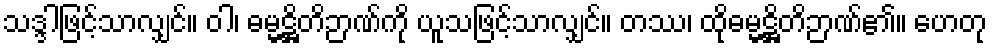
သဒ္ဒါဖြင့်သာလျှင်။ ဝါ၊ ဓမ္မဋ္ဌိတိဉာဏ်ကို ယူသဖြင့်သာလျှင်။ တဿ၊ ထိုဓမ္မဋ္ဌိတိဉာဏ်၏။ ဟေတု